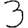
Digit: 3